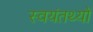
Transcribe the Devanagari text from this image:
स्वयंतथ्यों